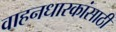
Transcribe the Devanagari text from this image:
वाहनधारकांसाठी